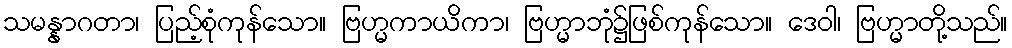
သမန္နာဂတာ၊ ပြည့်စုံကုန်သော။ ဗြဟ္မကာယိကာ၊ ဗြဟ္မာဘုံ၌ဖြစ်ကုန်သော။ ဒေဝါ၊ ဗြဟ္မာတို့သည်။